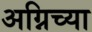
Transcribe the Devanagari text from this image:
अग्निच्या